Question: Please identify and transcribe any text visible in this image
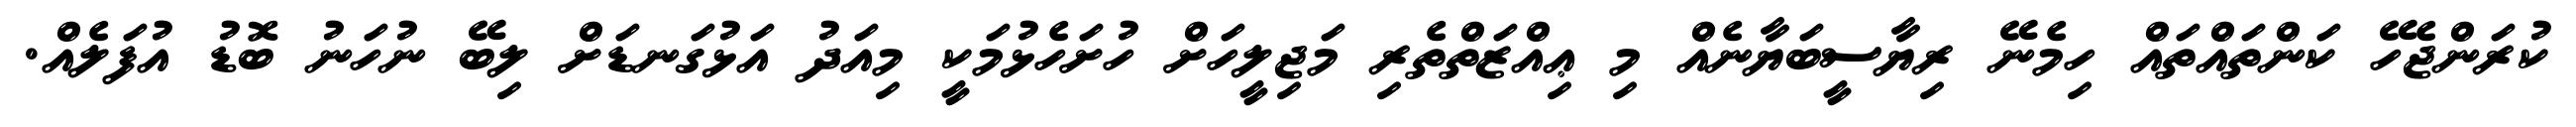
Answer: ކުރަންޖެހޭ ކަންތައްތައް ހިމެނޭ ރިޔާސީބަޔާނެއް މި ޢިއްޒަތްތެރި މަޖިލީހަށް ހުށަހެޅުމަކީ މިއަދު އަޅުގަނޑަށް ލިބޭ ނުހަނު ބޮޑު އުފަލެއް.